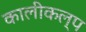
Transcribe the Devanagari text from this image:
कालीकल्प